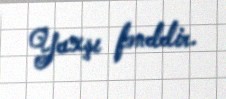
Yaxşı fənddir.